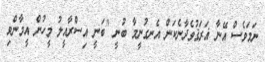
ނަމަވެސް އޭނާ ޣަރަޤުވެދާނެކަން އެނގުނީމާ ބުނީ ''ބަނީ އިސްރާއީލު މީހުން އީމާންވި